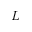
L